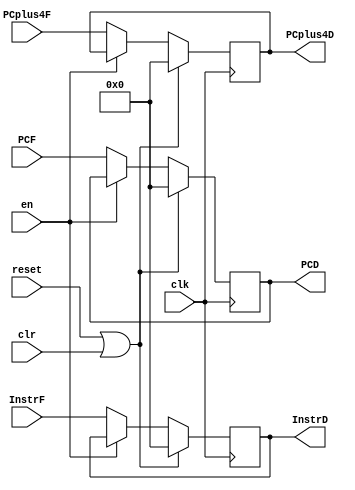
module D_pipe(clk, reset, clr,en,InstrF,PCF,PCplus4F, InstrD, PCD, PCplus4D);
input clk, reset, clr, en;
input [31:0] InstrF, PCF, PCplus4F;
output reg [31:0] InstrD, PCD, PCplus4D;

always @ (posedge clk)
begin
if (reset | clr)
begin
PCD      <= 0;
InstrD   <= 0;
PCplus4D <= 0;
end

else if (en)
begin
PCD      <= PCD;
InstrD   <= InstrD;
PCplus4D <= PCplus4D;
end

else 
begin
PCD      <= PCF;
InstrD   <= InstrF;
PCplus4D <= PCplus4F;
end

end

endmodule